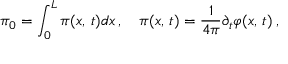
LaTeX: \pi _ { 0 } = \int _ { 0 } ^ { L } \pi ( x , \, t ) d x \, , \quad \pi ( x , \, t ) = \frac { 1 } { 4 \pi } \partial _ { t } \varphi ( x , \, t ) \: ,